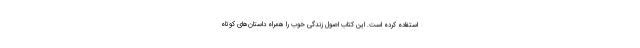
استفاده کرده است. این کتاب اصول زندگی خوب را همراه داستان‌های کوتاه